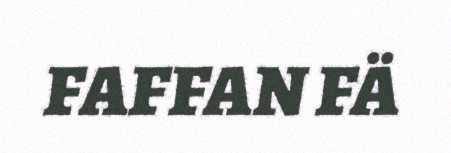
FAFFAN FÄ